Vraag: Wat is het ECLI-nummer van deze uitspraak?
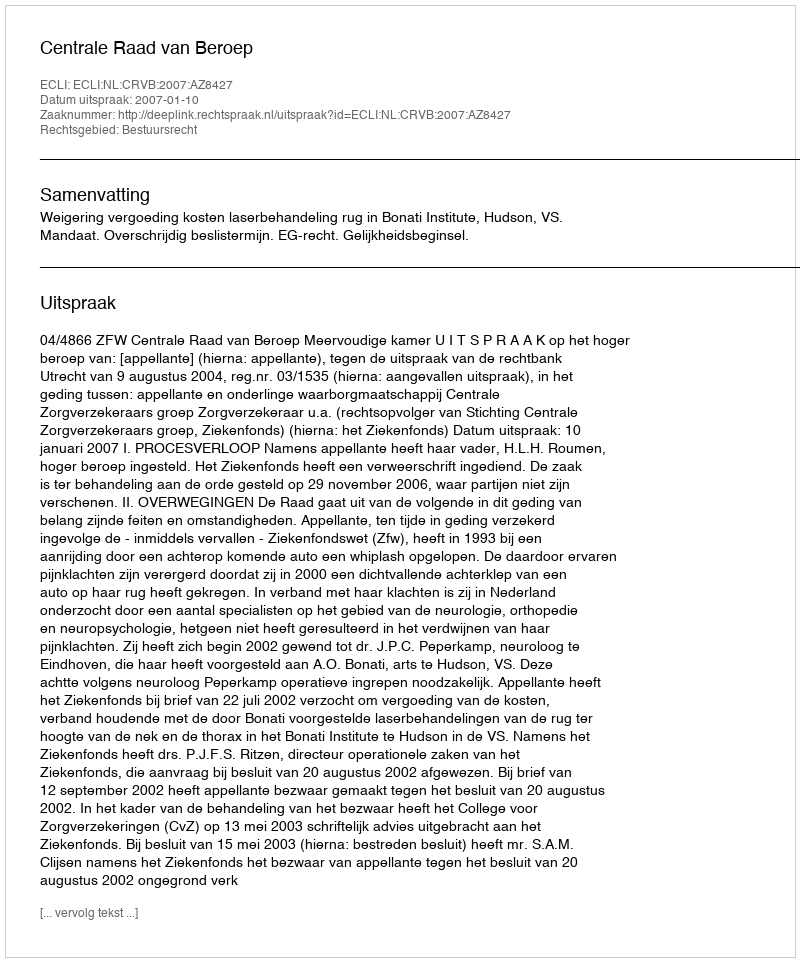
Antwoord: ECLI:NL:CRVB:2007:AZ8427